Report of an investigation into the causes of the diseases known in Assam as Kála-Azár and Beri-Beri
Disease focus: Beri-Beri
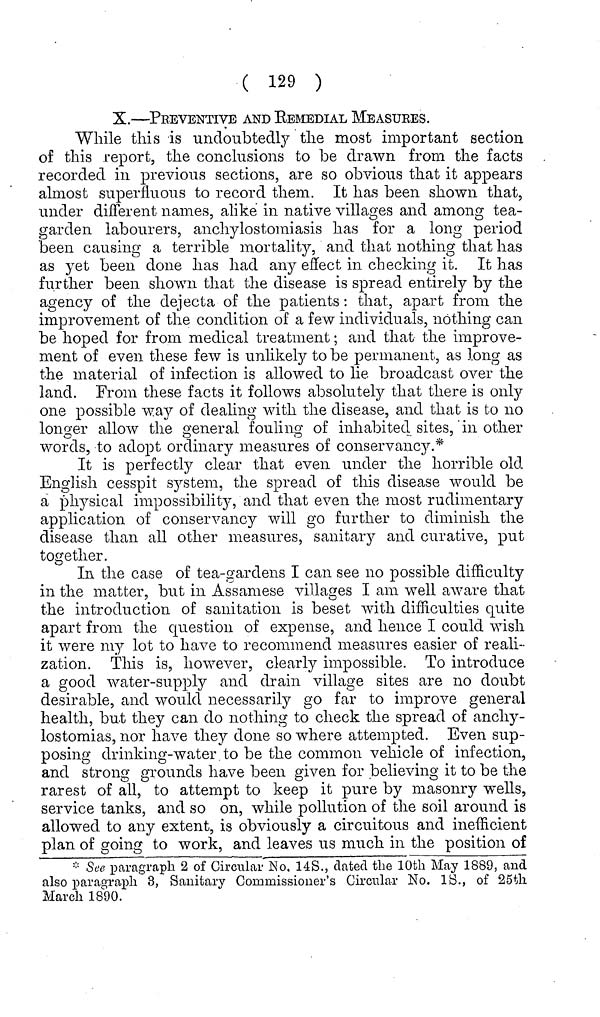
( 129 )
X.—PREVENTIVE AND REMEDIAL MEASURES.
While this is undoubtedly the most important section
of this report, the conclusions to be drawn from the facts
recorded in previous sections, are so obvious that it appears
almost superfluous to record them. It has been shown that,
under different names, alike in native villages and among tea-
garden labourers, anchylostomiasis has for a long period
been causing a terrible mortality, and that nothing that has
as yet been done has had any effect in checking it. It has
further been shown that the disease is spread entirely by the
agency of the dejecta of the patients: that, apart from the
improvement of the condition of a few individuals, nothing can
be hoped for from medical treatment; and that the improve-
ment of even these few is unlikely to be permanent, as long as
the material of infection is allowed to lie broadcast over the
land. From these facts it follows absolutely that there is only
one possible way of dealing with the disease, and that is to no
longer allow the general fouling of inhabited sites, in other
words, to adopt ordinary measures of conservancy.*
It is perfectly clear that even under the horrible old
English cesspit system, the spread of this disease would be
a physical impossibility, and that even the most rudimentary
application of conservancy will go further to diminish the
disease than all other measures, sanitary and curative, put
together.
In the case of tea-gardens I can see no possible difficulty
in the matter, but in Assamese villages I am well aware that
the introduction of sanitation is beset with difficulties quite
apart from the question of expense, and hence I could wish
it were my lot to have to recommend measures easier of reali-
zation. This is, however, clearly impossible. To introduce
a good water-supply and drain village sites are 110 doubt
desirable, and would necessarily go far to improve general
health, but they can do nothing to check the spread of anchy-
lostomias, nor have they done so where attempted. Even sup-
posing drinking-water to be the common vehicle of infection,
and strong grounds have been given for believing it to be the
rarest of all, to attempt to keep it pure by masonry wells,
service tanks, and so on, while pollution of the soil around is
allowed to any extent, is obviously a circuitous and inefficient
plan of going to work, and leaves us much in the position of
* See paragraph 2 of Circiilar No. 14S., dated the 10th May 1889, and
also paragraph 3, Sanitary Commissioner's Circular No. IS., of 25th
March 1890.